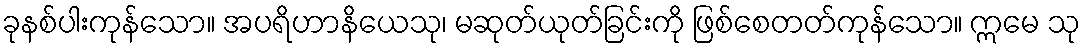
ခုနစ်ပါးကုန်သော။ အပရိဟာနိယေသု၊ မဆုတ်ယုတ်ခြင်းကို ဖြစ်စေတတ်ကုန်သော။ ဣမေ သု